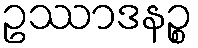
ဥဿာဒနဉ္စ